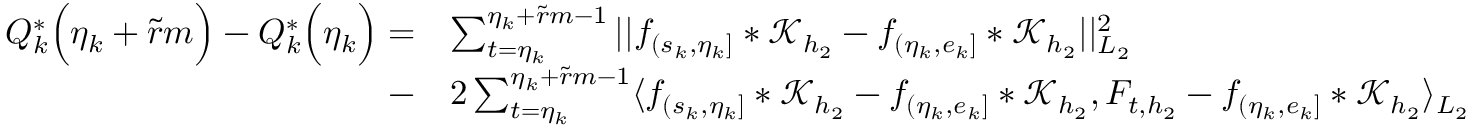
\begin{array} { r l } { Q _ { k } ^ { * } \Big ( \eta _ { k } + \widetilde { r } m \Big ) - Q _ { k } ^ { * } \Big ( \eta _ { k } \Big ) = } & { \sum _ { t = \eta _ { k } } ^ { \eta _ { k } + \widetilde { r } m - 1 } \vert \vert f _ { ( s _ { k } , \eta _ { k } ] } \ast \mathcal { K } _ { { h _ { 2 } } } - f _ { ( \eta _ { k } , e _ { k } ] } \ast \mathcal { K } _ { h _ { 2 } } \vert \vert _ { L _ { 2 } } ^ { 2 } } \\ { - } & { 2 \sum _ { t = \eta _ { k } } ^ { \eta _ { k } + \widetilde { r } m - 1 } \langle f _ { ( s _ { k } , \eta _ { k } ] } \ast \mathcal { K } _ { { h _ { 2 } } } - f _ { ( \eta _ { k } , e _ { k } ] } \ast \mathcal { K } _ { h _ { 2 } } , F _ { t , { h _ { 2 } } } - f _ { ( \eta _ { k } , e _ { k } ] } \ast \mathcal { K } _ { h _ { 2 } } \rangle _ { L _ { 2 } } } \end{array}